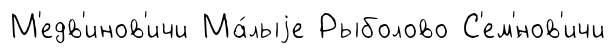
М'едв'инов'ичи Ма́лыjе Рыболово С'ем'́нов'ичи